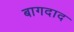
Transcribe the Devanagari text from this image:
बागदाद